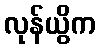
လုန်ယွိက